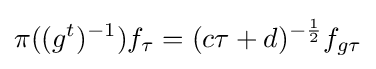
\pi ((g^{t})^{-1})f_{\tau }=(c\tau +d)^{-{\frac {1}{2}}}f_{g\tau }